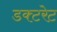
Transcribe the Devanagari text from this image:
डक्टरेट